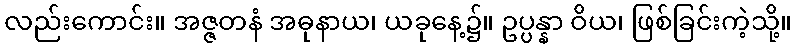
လည်းကောင်း။ အဇ္ဇတနံ အဓုနာယ၊ ယခုနေ့၌။ ဥပ္ပန္နာ ဝိယ၊ ဖြစ်ခြင်းကဲ့သို့။